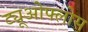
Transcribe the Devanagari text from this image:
ट्यूओफ्लोस